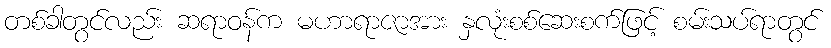
တစ်ခါတွင်လည်း ဆရာဝန်က မဟာရာဇာအား နှလုံးစစ်ဆေးစက်ဖြင့် စမ်းသပ်ရာတွင်